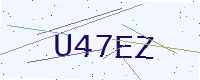
Text: U47EZ